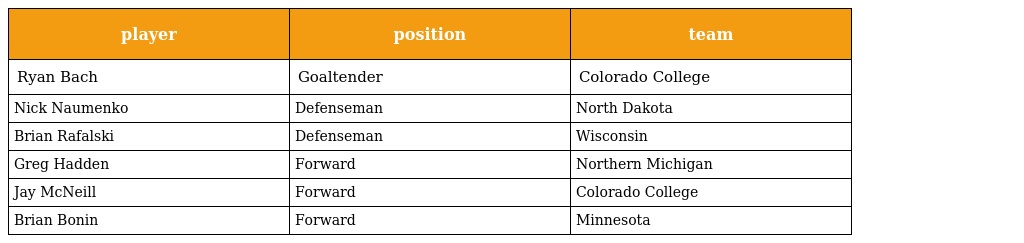
| player | position | team |
 | --- | --- | --- |
 | Ryan Bach | Goaltender | Colorado College |
 | Nick Naumenko | Defenseman | North Dakota |
 | Brian Rafalski | Defenseman | Wisconsin |
 | Greg Hadden | Forward | Northern Michigan |
 | Jay McNeill | Forward | Colorado College |
 | Brian Bonin | Forward | Minnesota |